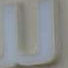
U